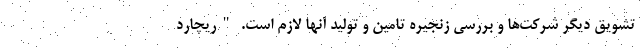
تشویق دیگر شرکت‌ها و بررسی زنجیره تامین و تولید آنها لازم است. "ریچارد